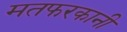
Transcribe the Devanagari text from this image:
मतफरकानी